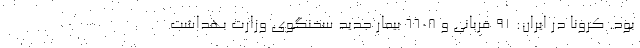
بود. کرونا در ایران: ۹۱ قربانی و ۶۶۰۸ بیمار جدید سخنگوی وزارت بهداشت